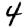
Digit: 4